Indian journal of veterinary science and animal husbandry - Volumes 22-23, 1952-1953
Year: 1952
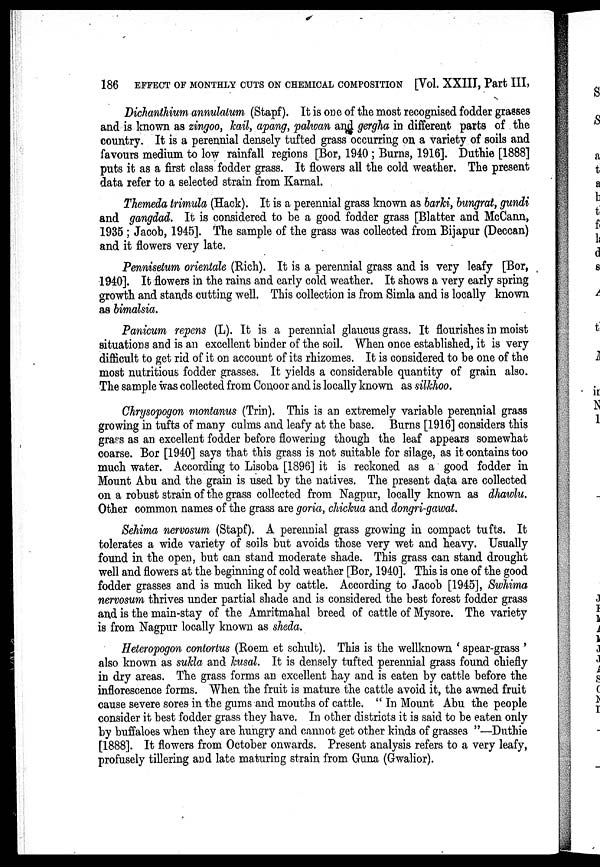
186
EFFECT OF MONTHLY CUTS ON CHEMICAL COMPOSITION [Vol. XXIII, Part III,
Dichanthium annulalum (Stapf). It is one of the most recognised fodder grasses
and is known as zingoo, kail, apang, palwan and gergha in different parts of the
country. It is a perennial densely tufted grass occurring on a variety of soils and
favours medium to low rainfall regions [Bor, 1940 ; Burns, 1916]. Duthie [1888]
puts it as a first class fodder grass. It flowers all the cold weather. The present
data refer to a selected strain from Karnal.
Themeda trimula (Hack). It is a perennial grass known as barki, bungrat, gundi
and gangdad. It is considered to be a good fodder grass [Blatter and McCann,
1935 ; Jacob, 1945]. The sample of the grass was collected from Bijapur (Deccan)
and it flowers very late.
Pennisetum orientale (Rich). It is a perennial grass and is very leafy [Bor,
1940]. It flowers in the rains and early cold weather. It shows a very early spring
growth and stands cutting well. This collection is from Simla and is locally known
as bimalsia.
Panicum repens (L). It is a perennial glaucus grass. It flourishes in moist
situations and is an excellent binder of the soil. When once established, it is very
difficult to get rid of it on account of its rhizomes. It is considered to be one of the
most nutritious fodder grasses. It yields a considerable quantity of grain also.
The sample was collected from Conoor and is locally known as silkhoo.
Chrysopogon montanus (Trin). This is an extremely variable perennial grass
growing in tufts of many culms and leafy at the base. Burns [1916] considers this
grass as an excellent fodder before flowering though the leaf appears somewhat
coarse. Bor [1940] says that this grass is not suitable for silage, as it contains too
much water. According to Lisoba [1896] it is reckoned as a good fodder in
Mount Abu and the grain is used by the natives. The present data are collected
on a robust strain of the grass collected from Nagpur, locally known as dhawlu.
Other common names of the grass are goria, chickua and dongri-gawat.
Sehima nervosum (Stapf). A perennial grass growing in compact tufts. It
tolerates a wide variety of soils but avoids those very wet and heavy. Usually
found in the open, but can stand moderate shade. This grass can stand drought
well and flowers at the beginning of cold weather [Bor, 1940]. This is one of the good
fodder grasses and is much liked by cattle. According to Jacob [1945], Swhima
nervosum thrives under partial shade and is considered the best forest fodder grass
and is the main-stay of the Amritmahal breed of cattle of Mysore. The variety
is from Nagpur locally known as sheda.
Heteropogon contortus (Roem et schult). This is the wellknown 'spear-grass'
also known as sukla and kusal. It is densely tufted perennial grass found chiefly
in dry areas. The grass forms an excellent hay and is eaten by cattle before the
inflorescence forms. When the fruit is mature the cattle avoid it, the awned fruit
cause severe sores in the gums and mouths of cattle. " In Mount Abu the people
consider it best fodder grass they have. In other districts it is said to be eaten only
by buffaloes when they are hungry and cannot get other kinds of grasses "—Duthie
[1888]. It flowers from October onwards. Present analysis refers to a very leafy,
profusely tillering and late maturing strain from Guna (Gwalior).